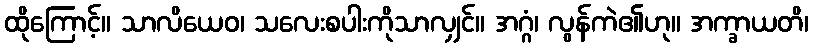
ထိုကြောင့်။ သာလိယေဝ၊ သလေးစပါးကိုသာလျှင်။ အဂ္ဂံ၊ လွန်ကဲ၏ဟု။ အက္ခာယတိ၊